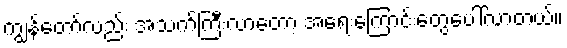
ကျွန်တော်လည်း အသက်ကြီးလာတော့ အရေးကြောင်းတွေပေါ်လာတယ်။